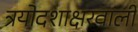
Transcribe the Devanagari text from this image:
त्रयोदशाक्षरवाली